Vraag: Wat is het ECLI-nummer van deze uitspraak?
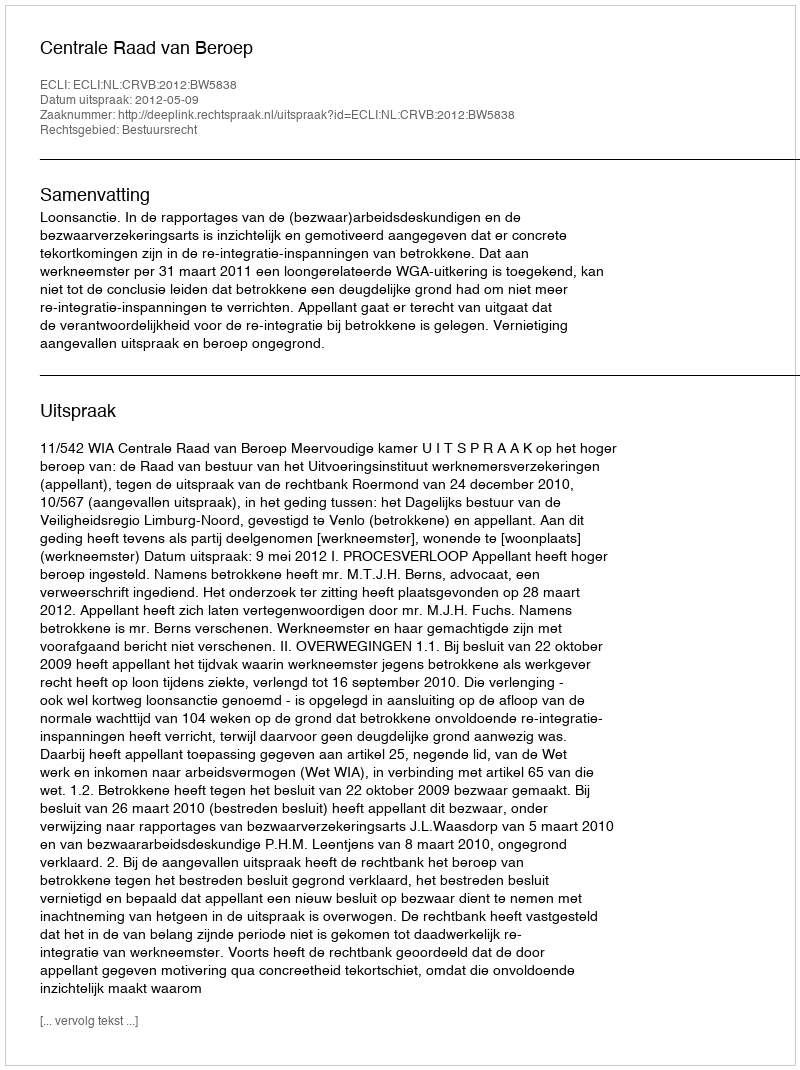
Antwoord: ECLI:NL:CRVB:2012:BW5838